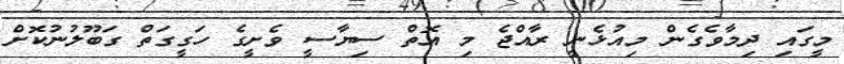
މީގައި ދިމާވެގެން މިއުޅެނީ ރާއްޖެ މި އޮތް ސިޔާސީ ވެށީގެ ހަގީގަތް ގަބޫލުނުކޮށް